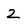
Character: 2